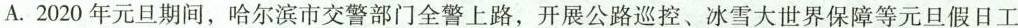
A.2020年元旦期间，哈尔滨市交警部门全警上路，开展公路巡控、冰雪大世界保障等元旦假日工